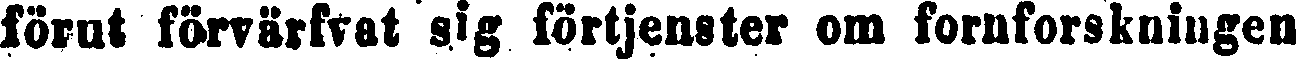
förut forvärfrat sig förtjenster om fornforskningen